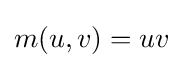
m(u,v)=uv